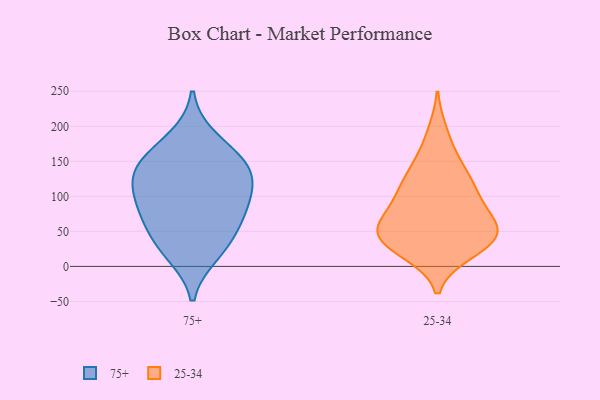
{"axis": {"x": "Demand Index", "y": "Value"}, "legend": ["25-34", "75+"], "data": [{"x": "", "y": 99, "type": "75+"}, {"x": "", "y": 28, "type": "75+"}, {"x": "", "y": 88, "type": "75+"}, {"x": "", "y": 104, "type": "75+"}, {"x": "", "y": 131, "type": "75+"}, {"x": "", "y": 64, "type": "75+"}, {"x": "", "y": 152, "type": "75+"}, {"x": "", "y": 146, "type": "75+"}, {"x": "", "y": 183, "type": "75+"}, {"x": "", "y": 18, "type": "75+"}, {"x": "", "y": 138, "type": "75+"}, {"x": "", "y": 57, "type": "75+"}, {"x": "", "y": 42, "type": "25-34"}, {"x": "", "y": 141, "type": "25-34"}, {"x": "", "y": 28, "type": "25-34"}, {"x": "", "y": 89, "type": "25-34"}, {"x": "", "y": 121, "type": "25-34"}, {"x": "", "y": 155, "type": "25-34"}, {"x": "", "y": 111, "type": "25-34"}, {"x": "", "y": 88, "type": "25-34"}, {"x": "", "y": 192, "type": "25-34"}, {"x": "", "y": 19, "type": "25-34"}, {"x": "", "y": 20, "type": "25-34"}, {"x": "", "y": 50, "type": "25-34"}, {"x": "", "y": 46, "type": "25-34"}, {"x": "", "y": 52, "type": "25-34"}, {"x": "", "y": 56, "type": "25-34"}, {"x": "", "y": 109, "type": "25-34"}, {"x": "", "y": 68, "type": "25-34"}, {"x": "", "y": 48, "type": "25-34"}]}